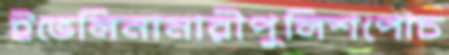
ইভেলিনানারীপুলিশপোচ